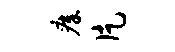
瘴片